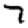
Digit: 7